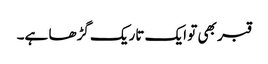
قبر بھی تو ایک تاریک گڑھا ہے۔